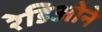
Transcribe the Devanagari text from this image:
रेडिओने